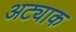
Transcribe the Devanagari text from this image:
अट्याक